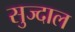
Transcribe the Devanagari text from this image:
सुज्दाल